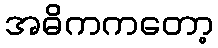
အဓိကကတော့